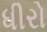
ધીરો